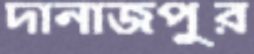
দানাজপুর